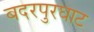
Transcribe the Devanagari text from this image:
बदरपुरघाट